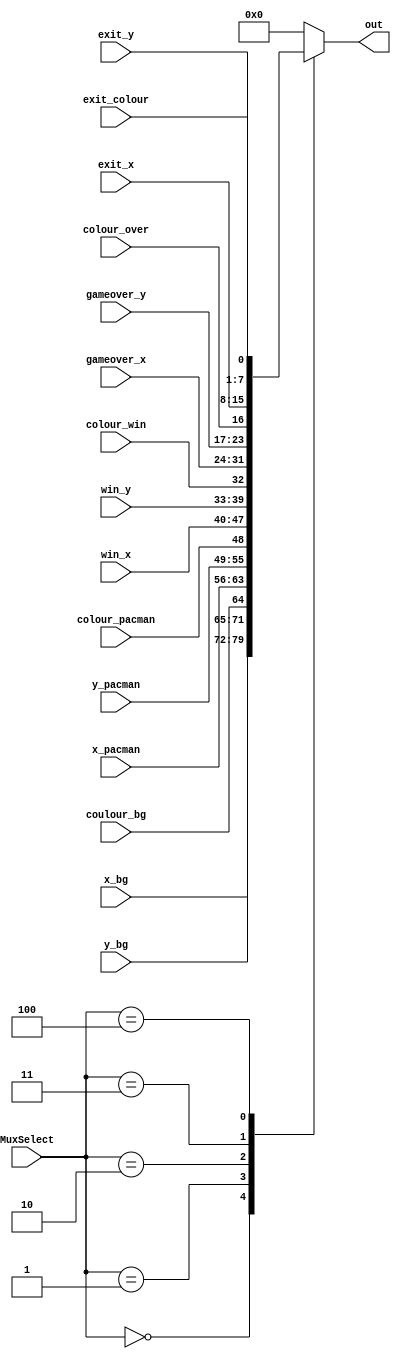
module mux_vga (MuxSelect, x_pacman, y_pacman, colour_pacman, x_bg, y_bg, coulour_bg, gameover_x, gameover_y, colour_over, win_x, win_y, colour_win, exit_x, exit_y,exit_colour, out);
    input [7:0] x_pacman, x_bg, gameover_x, win_x, exit_x;
    input [6:0] y_pacman, y_bg, gameover_y, win_y, exit_y;
    input colour_pacman, coulour_bg, colour_over, colour_win, exit_colour;
    input[2:0] MuxSelect;

    output reg[15:0] out;

    always@(*)
    begin
        case(MuxSelect[2:0])
            3'b000: out = {x_bg,y_bg,coulour_bg};
            3'b001: out = {x_pacman,y_pacman,colour_pacman};
				3'b010: out = {win_x, win_y, colour_win};
				3'b011: out = {gameover_x, gameover_y, colour_over};
				3'b100: out = {exit_x, exit_y, exit_colour};
            default: out = 0;
        endcase
    end
endmodule